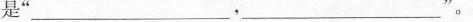
是’‘___，___’‘。